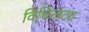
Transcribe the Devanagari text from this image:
विधिनाट्य